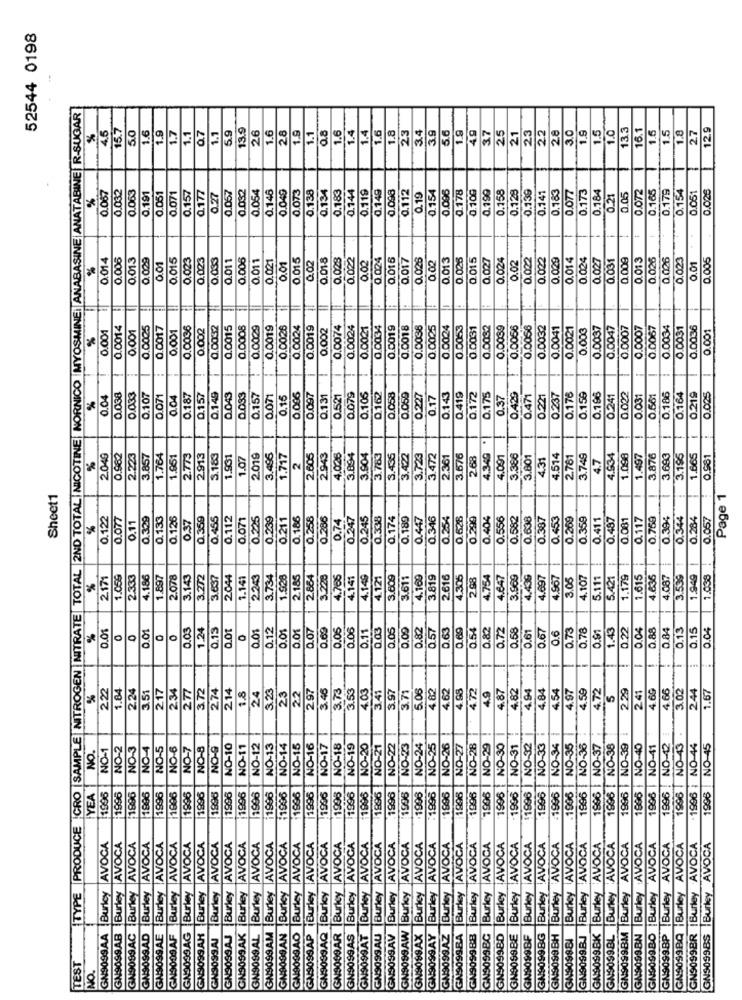
52544 0198
PRODUCE CRO |SAMPLE NITROGEN |NITRATE | TOTAL |2ND TOTAL| NICOTINE| NORNICO |MYOSMINE: ANABASINE|ANATABINE| R-SUGAR
%
15.7
5.0
1.6
1.9
1.7
5.9
13.9
26
1.6
28
1.9
1.1
Q8
1.6
1.4
1.4
1.6
1.8
23
3.4
3.9
5.6
1.9
49
3.7
25
23
22
28
3.0
1.9
1.5
1.0
13.3
16.1
1.6
1.5
1.8
27
12.9
45
1.1
0.7
1.1
21
0.057
0.03.2
0.063
0.191
0.051
0.082
0.054
0.146
0.040
0.073
0.138
0.134
0.183
0.144
0.119
0.149
0.098
0.112
0.154
0.096
0.178
0.10G
0.199
0.158
0.129
0.139
0.141
0.783
0.077
0.173
0.184
0.072
0.165
0.179
0.154
0.051
0.026
%
0.071
0.157
0.177
0.27
0.057
Q.19
0.21
0.05
0.014
0.005
0.013
0.029
0,015
0.023
0.023
0.083
0.011
0.006
0.011
0.021
0.015
0.02
0.018
0.023
0.022
0.02
0.024
0.016
0.017
0.025
0.02
0.013
0.026
0.015
0.027
0.024
0.02
0.022
0.022
0.029
0.014
0.024
0.027
0.009
0.013
0.026
0.026
0,023
0.01
0.005
0.01
0.01
0.031
0.001
0.0014
0.0025
0.0017
0.001
0.003
0.002
0.0032
0.0015
0.0008
0.0029
0.0019
0.0026
0.0024
0.0019
0.002
0.0074
0.0024
0.0021
0.0034
0.0019
0.0018
0.0038
0.0025
0.0024
0.0053
0.0031
0.0032
0.0039
0.0056
0.0056
0.0032
0.0041
0.0021
0.003
0.0037
0.0047
0.0007
0.0007
0.0067
0.0034
0.0031
0.0036
0.001
%
0.001
0.186
%
0.04
0.038
0.033
0.107
0.07
0.04
0.187
0.157
0.149
0.043
0.033
0.157
0071
0.15
0.006
0.097
0.131
0.521
0.075
0.105
0.162
0.058
0.227
0.17
0.143
0.419
0.172
0.175
1.37
0.429
0.471
0.221
0.237
0.176
0.159
0.186
0.241
0.022
0.031
0.661
0.164
0.219
0.025
4.349 +
2.049
0.982
2.223
3.857
1.764
1.951
2.773
2.913
3.183
1.931
1.07
2.019
3.495
1.717
2
2.605
2.943
4.026
3.894
3.904
3.783
3.435
3.422
3.723
3.472
2.361
3.676
2.68
4.001
3.380
3.801
4.31
4.514
2.781
3.749
4.7
4.534
1.098
1.497
3.876
3.683
3.195
1.665
0.981
Sheet1
Page 1
0.122
0.077
0.11
0.329
0.133
0.126
0.37
0.359
0.455
0.112
0.071
0.225
0.239
0.211
0.186
0.258
0.286
0.247
0.245
0.338
0.174
0.189
0.447
0.346
0.254
0.626
0.290
0.404
0.556
0.582
0.636
0.387
0.453
0.269
0.359
0.411
0.487
0.081
0.117
0.759
0.394
0.344
0.284
0.057
%
0.74
1.615
2.171
1.059
2.333
4.186
1.897
2.078
3.143
3.272
3.637
2.044
1.141
2243
3.734
1.928
2.185
2.884
3.228
4.765
4.141
4.149
4.121
3.609
3.611
4.160
3.819
2.616
4,305
2.98
4.754
4.647
3.960
4.436
4.697
4.967
8.05
4.107
5.111
5.421
1.179
4.636
4.087
3.539
1.949
1.033
%
0.08
0.01
1.24
0.13
0.01
0.01
0.12
0.01
0.01
0.07
0.69
0.05
0.06
0.11
0.03
0.05
0.00
0.82
0.57
0.63
0.00
0.82
0.72
0.68
0.61
0.67
0.73
0.78
0.81
1.43
0.22
0.04
0.88
0.84
0.13
0.15
0
0.6
8
222
1.84
2.24
2.34
27
214
23
297
3.46
3.73
3.53
4.03
3.41
3.97
3.71
5.06
4.82
4.62
4.98
4.72
4.9
4.87
4.82
4.94
4.84
4.54
4.97
4.59
4.72
4.66
3.02
244
%
3.51
217
3.72
27
1.8
24
3.20
22
5
2.29
2.41
4.6G
1.67
NO-39
NO-43 .
NO.
NO-1
NO-2
NO-3
NO-4
NO-5
NO-6
NO-7
NO-8
NO-9
NO-10
NO-11
NO-12
NO-13
NO-14
NO-15
NO-16
NO-17
NO-18
NO-19
NO-20
NO-21
NO-22
NO-23
NO-24
NO-25
NO-26
NO-27
NO-28
NO-29
NO-30
NO-31
NO-32
NO-33
NO-34
NO-35
NO-35
NO-37
NO-38
1996 | NO-40
NO-41
NO-42
.1996 | NO-44
NO-45
YEA
1906
1996
1996
.1996
1896
1996
1996 |
1996
1996
1996
1996 1
1996
1995
1996
1896
1996
1896
1996
1996
1996
1996
1996
1996
1996
1996
1996
1995
1996
1995
1996
1996
1896
1996
1996
1996
:1996
1896
1996
1996
1996
1996
1996
Burley |AVOCA
AVOCA
Burley AVOCA
GN9099BM |Burley AVOCA
Buricy |AVOCA
GN9099AB Burley |AVOCA
Burley AVOCA
AVOCA
Burley AVOCA
Burley AVOCA
Burley |AVOCA
y AVOCA
Burley |AVOCA
N90SSAK |Burley |AVOCA
AVOCA
Burley |AVOCA
Burkcy |AVOCA
GN9099AO |Burley AVOCA
¡Burley |AVOCA
AVOCA
AS |Buricy |AVOCA
Burley AVOCA
Burley AVOCA
Burley |AVOCA
Burky AVOCA
Burley AVOCA
AVOCA
Burley |AVOCA
Burley AVOCA
Burley AVOCA
Burley |AVOCA
Burley JAVOCA
Burley AVOCA
Burley !AVOCA
Burley AVOCA
Burkey AVOCA
19099BJ Burley AVOCA
GN9099BK |Burley 'AVOCA
Burley AVOCA
Burley AVOCA
GN9099BO |Burley AVOCA
GN9099BP |Burley AVOCA
GN9099BQ |Burley AVOCA
GN9099BR |Burley AVOCA
GN9099BS |Burley AVOCA
TYPE
Burley
Burley
Burley
GN9099AQ Burkcy
Burley
AR Burkcy
AA
GN9099AG
GN9099.AH
GN9099AM
GN3093.AP
AT
GN9099AW
AX
AY
GN9099BB
GNS099BL
AC
GNSOSSAD
GN9099AE
GN9003 AF
GN3099.AI
GN9099AJ
GN9099AL
GN909SAN
GN9099 AU
GN9099.AV
GN9099AX
IGN9099AY
GN9099AZ
GN90998A
0998C
N9099BD
BE
099BF
BG
GN9099BH
GN909984
GN9099BN
N9099
TEST
GNS
NO.